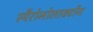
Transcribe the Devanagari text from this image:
स्पैरोनोलाक्टोंन